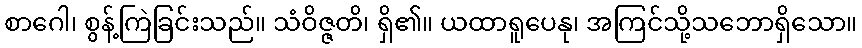
စာဂေါ၊ စွန့်ကြဲခြင်းသည်။ သံဝိဇ္ဇတိ၊ ရှိ၏။ ယထာရူပေနု၊ အကြင်သို့သဘောရှိသော။